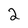
Character: 2